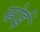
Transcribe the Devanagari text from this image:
स्वोर्ड्स